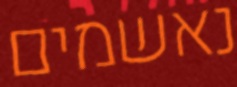
נאשמים